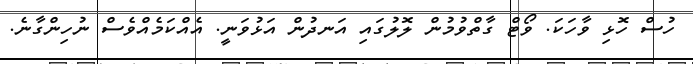
ހުސް ހޮޅި ވާހަކަ. ވޯޓް ގާތްވުމުން ލޮލުގައި އަނދުން އަޅުވަނީ. އެއްކަމެއްވެސް ނުހިންގާނެ.